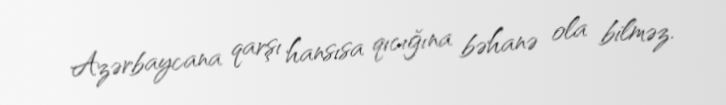
Azərbaycana qarşı hansısa qıcığına bəhanə ola bilməz.